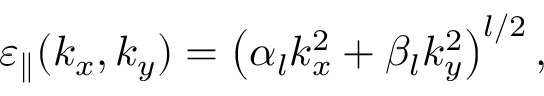
\varepsilon _ { \parallel } ( k _ { x } , k _ { y } ) = \left( \alpha _ { l } k _ { x } ^ { 2 } + \beta _ { l } k _ { y } ^ { 2 } \right) ^ { l / 2 } ,